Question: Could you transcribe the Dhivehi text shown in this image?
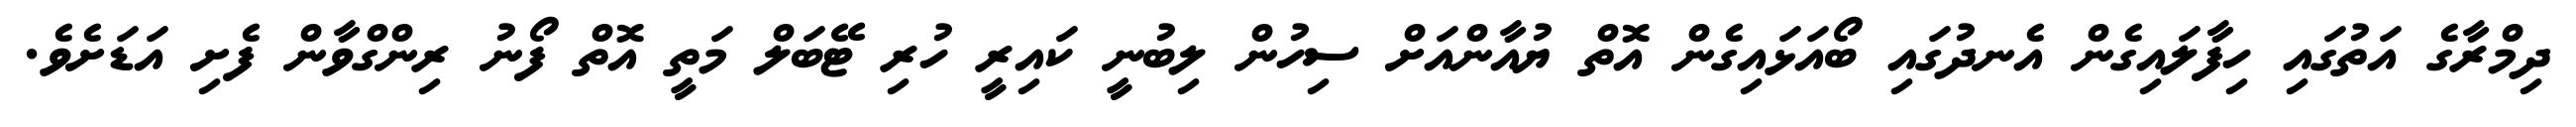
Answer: ދިމްރާގެ އަތުގައި ހިފާލައިގެން އެނދުގައި ބޯއަޅައިގެން އޮތް ޔުއާންއަށް ސިހުން ލިބުނީ ކައިރީ ހުރި ޓޭބަލް މަތީ އޮތް ފޯނު ރިންގްވާން ފެށި އަޑަށެވެ.